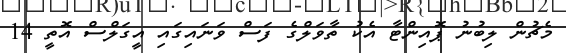
މެޗުން ލިބުނު ޕޮއިންޓާ އެކު ތާވަލްގެ ފަސް ވަނައިގައި އީގަލްސް އޮތީ 14